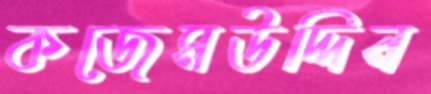
কজেমউদ্দিন